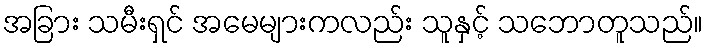
အခြား သမီးရှင် အမေများကလည်း သူနှင့် သဘောတူသည်။